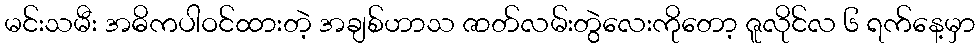
မင်းသမီး အဓိကပါဝင်ထားတဲ့ အချစ်ဟာသ ဇာတ်လမ်းတွဲလေးကိုတော့ ဇူလိုင်လ ၆ ရက်နေ့မှာ